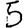
Digit: 5